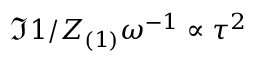
\Im { 1 / Z _ { ( 1 ) } } \omega ^ { - 1 } \propto \tau ^ { 2 }